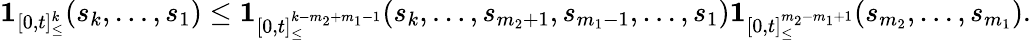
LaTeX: \begin{array}{r}{\boldsymbol{1}_{[0,t]_{\leq}^{k}}(s_{k},\dots,s_{1})\leq\boldsymbol{1}_{[0,t]_{\leq}^{k-m_{2}+m_{1}-1}}(s_{k},\dots,s_{m_{2}+1},s_{m_{1}-1},\dots,s_{1})\boldsymbol{1}_{[0,t]_{\leq}^{m_{2}-m_{1}+1}}(s_{m_{2}},\dots,s_{m_{1}}).}\end{array}